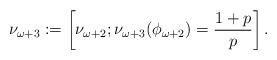
LaTeX: \begin{align*}\nu_{\omega+3}:=\left[\nu_{\omega+2};\nu_{\omega+3}(\phi_{\omega+2})=\frac{1+p}{p}\right].\end{align*}